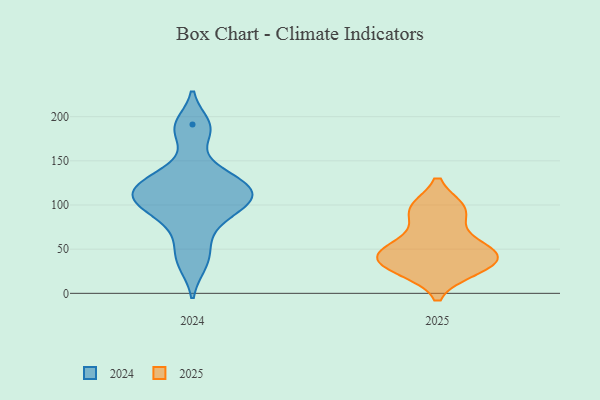
{"axis": {"x": "Operating Costs (USD K)", "y": "Value"}, "legend": ["2024", "2025"], "data": [{"x": "", "y": 32, "type": "2024"}, {"x": "", "y": 126, "type": "2024"}, {"x": "", "y": 104, "type": "2024"}, {"x": "", "y": 125, "type": "2024"}, {"x": "", "y": 183, "type": "2024"}, {"x": "", "y": 81, "type": "2024"}, {"x": "", "y": 110, "type": "2024"}, {"x": "", "y": 191, "type": "2024"}, {"x": "", "y": 108, "type": "2024"}, {"x": "", "y": 138, "type": "2024"}, {"x": "", "y": 113, "type": "2024"}, {"x": "", "y": 52, "type": "2024"}, {"x": "", "y": 92, "type": "2024"}, {"x": "", "y": 95, "type": "2025"}, {"x": "", "y": 38, "type": "2025"}, {"x": "", "y": 94, "type": "2025"}, {"x": "", "y": 33, "type": "2025"}, {"x": "", "y": 45, "type": "2025"}, {"x": "", "y": 54, "type": "2025"}, {"x": "", "y": 56, "type": "2025"}, {"x": "", "y": 27, "type": "2025"}, {"x": "", "y": 43, "type": "2025"}, {"x": "", "y": 94, "type": "2025"}, {"x": "", "y": 29, "type": "2025"}]}